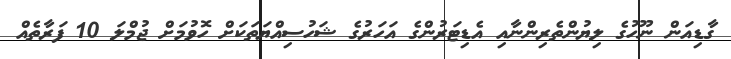
ގާޑިއަން ނޫހުގެ ލިޔުންތެރިންނާއި އެޑިޓަރުންގެ އަހަރުގެ ޝަހުސިއްޔަތަކަށް ހޮވުމަށް ޖުމްލަ 10 ފަރާތެއް